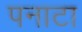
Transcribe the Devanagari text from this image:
पनाटा